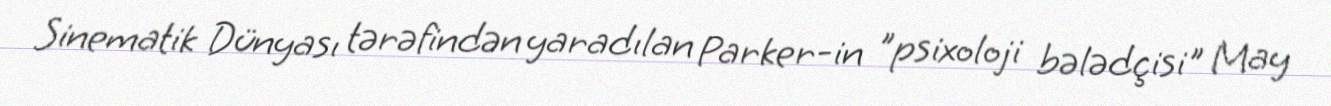
Sinematik Dünyası tərəfindən yaradılan Parker-in "psixoloji bələdçisi" May